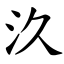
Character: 汣